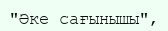
"Әке сағынышы",